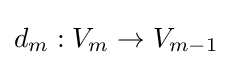
{\textstyle d_{m}:V_{m}\to V_{m-1}}